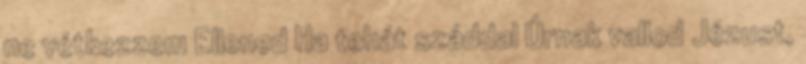
ne vétkezzem Ellened Ha tehát száddal Úrnak vallod Jézust,